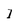
Character: I